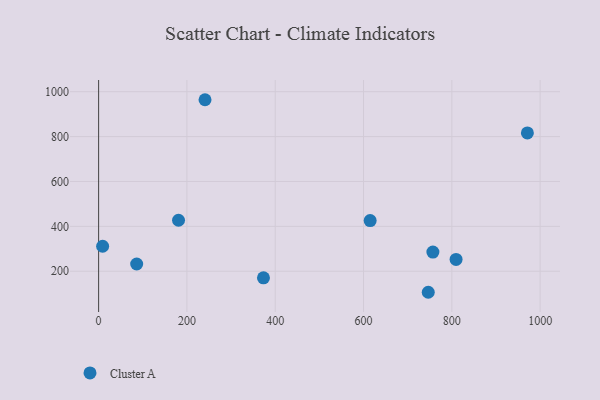
{"axis": {"x": "Speed", "y": "Demand"}, "legend": ["Cluster A"], "data": [{"x": "241.0", "y": 964.3, "type": "Cluster A"}, {"x": "373.4", "y": 170.7, "type": "Cluster A"}, {"x": "615.0", "y": 425.8, "type": "Cluster A"}, {"x": "971.1", "y": 816.5, "type": "Cluster A"}, {"x": "746.6", "y": 106.3, "type": "Cluster A"}, {"x": "9.1", "y": 311.3, "type": "Cluster A"}, {"x": "809.6", "y": 252.8, "type": "Cluster A"}, {"x": "86.2", "y": 232.2, "type": "Cluster A"}, {"x": "757.1", "y": 285.6, "type": "Cluster A"}, {"x": "181.0", "y": 427.2, "type": "Cluster A"}]}